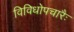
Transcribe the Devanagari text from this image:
विविधोपचारैः